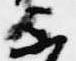
不